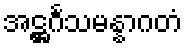
အဋ္ဌင်္ဂသမန္နာဂတံ